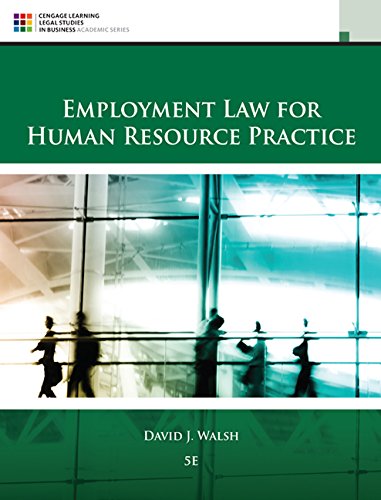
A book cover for Employment Law for Human Resource Practice; David J. Walsh; Business & Money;